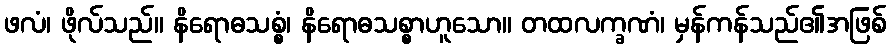
ဖလံ၊ ဖိုလ်သည်။ နိရောဓသစ္စံ၊ နိရောဓသစ္စာဟူသော။ တထလက္ခဏံ၊ မှန်ကန်သည်၏အဖြစ်